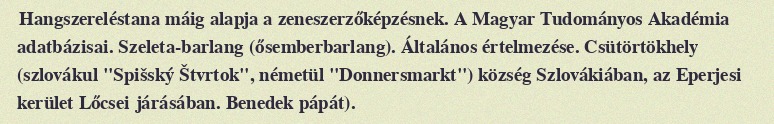
Hangszereléstana máig alapja a zeneszerzőképzésnek. A Magyar Tudományos Akadémia adatbázisai. Szeleta-barlang (ősemberbarlang). Általános értelmezése. Csütörtökhely (szlovákul "Spišský Štvrtok", németül "Donnersmarkt") község Szlovákiában, az Eperjesi kerület Lőcsei járásában. Benedek pápát).